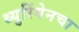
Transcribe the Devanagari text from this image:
थ्युरिंगेनचा